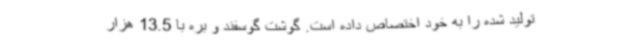
تولید شده را به خود اختصاص داده است. گوشت گوسفند و بره با 13.5 هزار